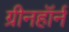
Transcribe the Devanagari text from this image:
ग्रीनहॉर्न